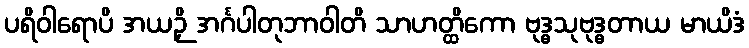
ပရိဝါရောပိ အယဉှိ အင်္ဂပါတုဘာဝါတိ သာဟတ္ထိကော ဗုဒ္ဓသုဗုဒ္ဓတာယ မာယိဒံ